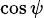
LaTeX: \scriptstyle{\cos\psi}